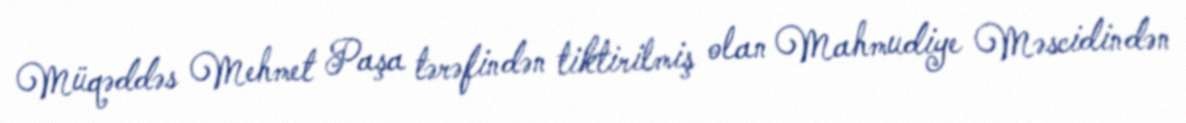
Müqəddəs Mehmet Paşa tərəfindən tiktirilmiş olan Mahmudiye Məscidindən